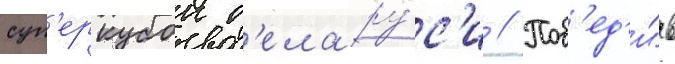
суп'еркубок б'елару́с'и // Поб'ед'и́в